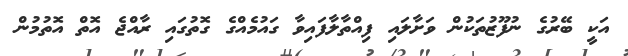
އަކީ ބޭރުގެ ނުފޫޒުތަކުން ވަށާލައި ފިއްތާލާފައިވާ ގައުމެއްގެ ގޮތުގައި ރާއްޖެ އޮތް އޮތުމުން